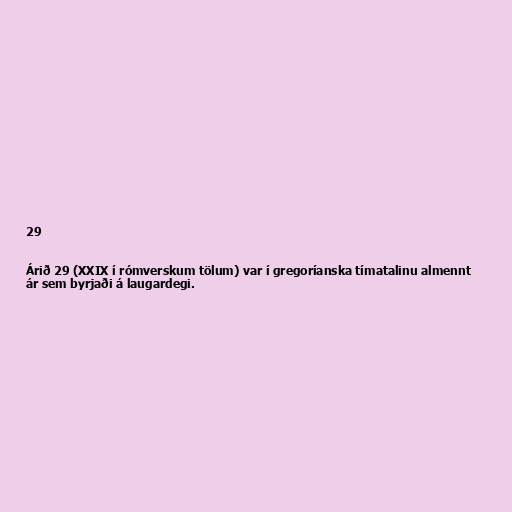
29

Árið 29 (XXIX í rómverskum tölum) var í gregoríanska tímatalinu almennt
ár sem byrjaði á laugardegi.